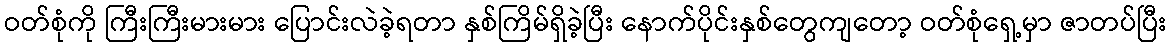
ဝတ်စုံကို ကြီးကြီးမားမား ပြောင်းလဲခဲ့ရတာ နှစ်ကြိမ်ရှိခဲ့ပြီး နောက်ပိုင်းနှစ်တွေကျတော့ ဝတ်စုံရှေ့မှာ ဇာတပ်ပြီး